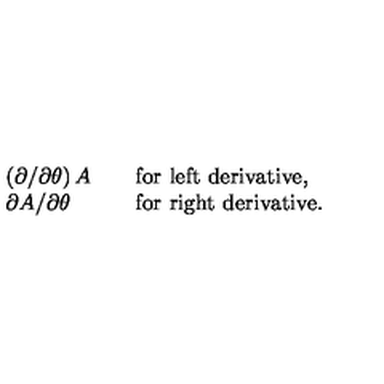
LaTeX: \begin{array} { l l l } { \displaystyle \left( \partial / \partial \theta \right) A } & { } & { \mathrm { f o r \ l e f t \ d e r i v a t i v e } , } \\ { \displaystyle \partial A / \partial \theta } & { } & { \mathrm { f o r \ r i g h t \ d e r i v a t i v e } . } \\ \end{array}